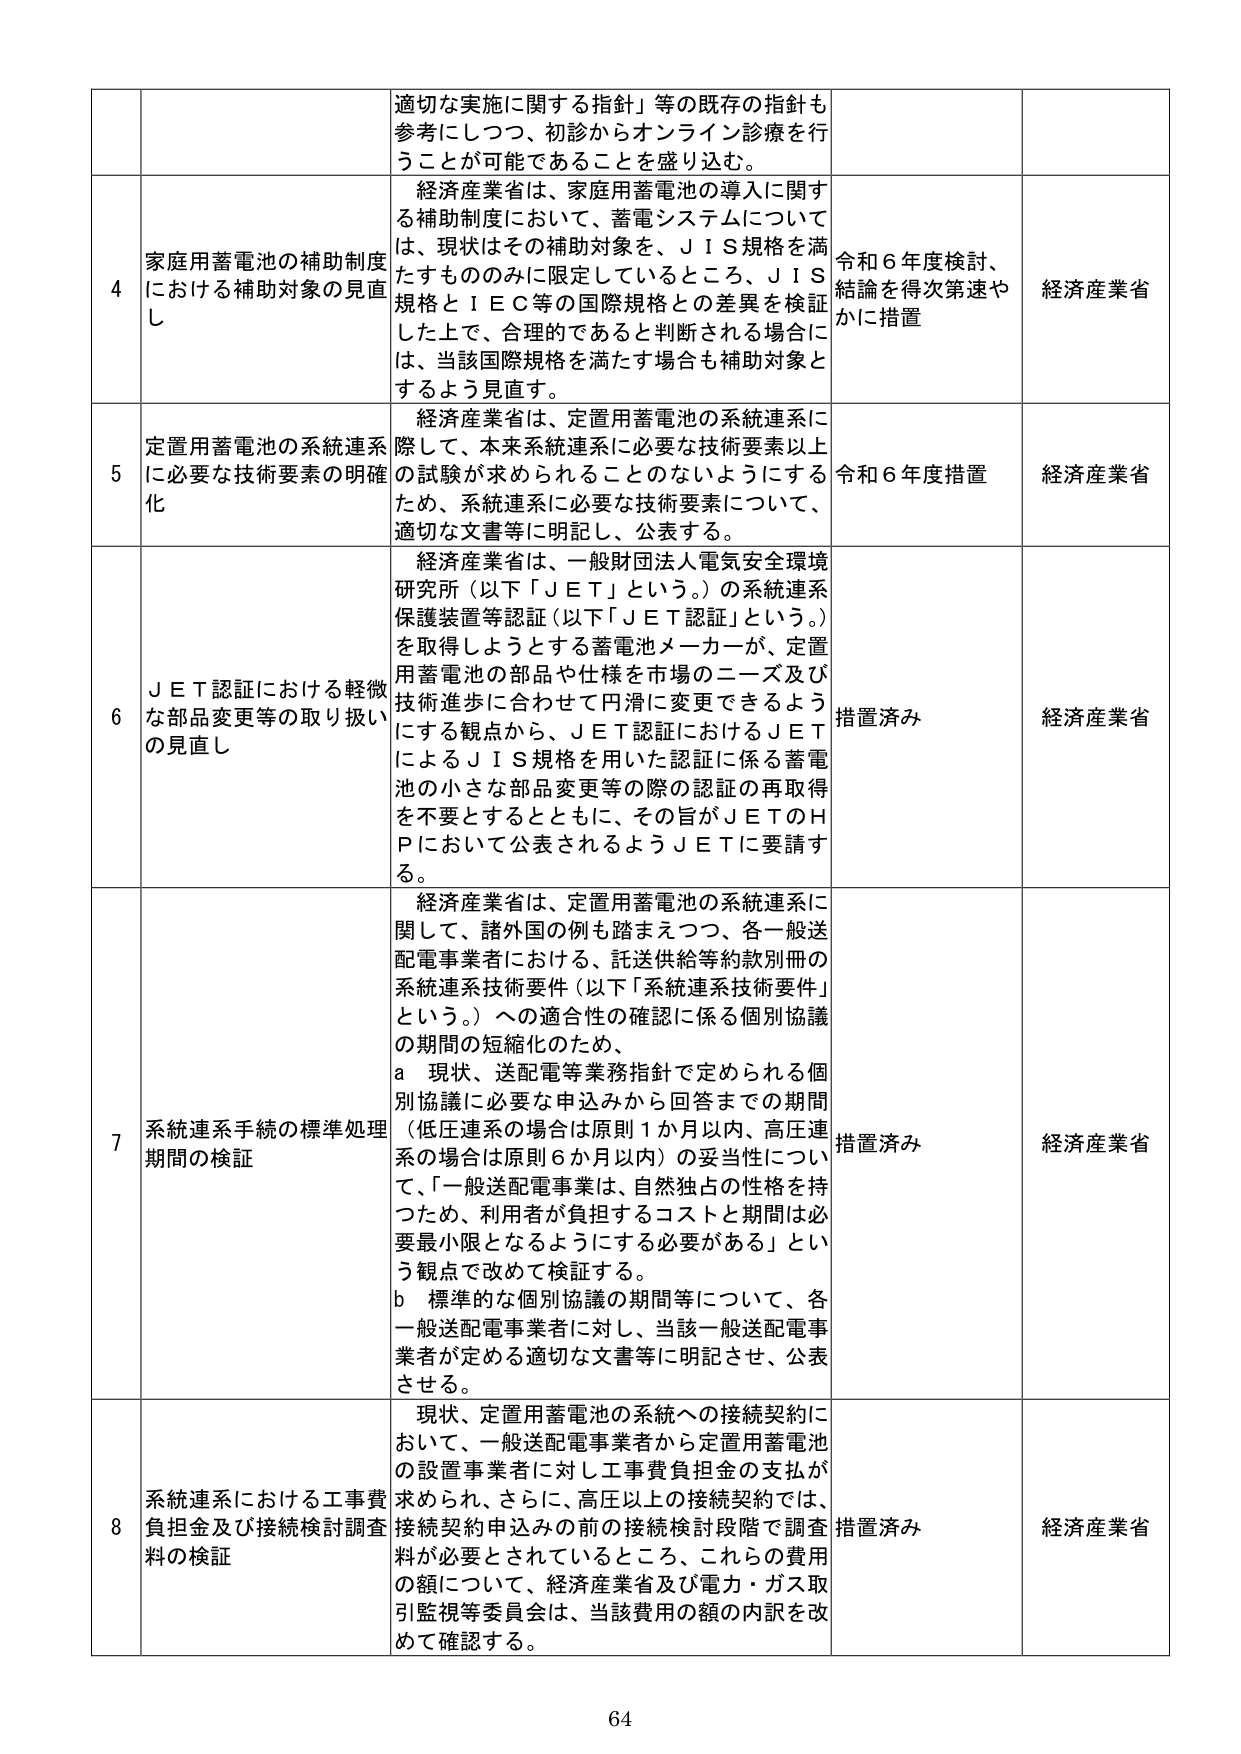
適切な実施に関する指針」等の既存の指針も
参考にしつつ、初診からオンライン診療を行
うことが可能であることを盛り込む。

4 家庭用蓄電池の補助制度
における補助対象の見直
し
経済産業省は、家庭用蓄電池の導入に関する
補助制度において、蓄電システムについては、現状はその補助対象を、ＪＩＳ規格を満
たすもののみに限定しているところ、ＪＩＳ
規格とＩＥＣ等の国際規格との差異を検証
した上で、合理的であると判断される場合には、当該国際規格を満たす場合も補助対象と
するよう見直す。
令和６年度検討、
結論を得次第速や
かに措置
経済産業省

5 定置用蓄電池の系統連系
に必要な技術要素の明確
化
経済産業省は、定置用蓄電池の系統連系に
際して、本来系統連系に必要な技術要素以上
の試験が求められることのないようにする
ため、系統連系に必要な技術要素について、
適切な文書等に明記し、公表する。
令和６年度措置
経済産業省

6 ＪＥＴ認証における軽微
な部品変更等の取り扱い
の見直し
経済産業省は、一般財団法人電気安全環境
研究所（以下「ＪＥＴ」という。）の系統連系
保護装置等認証（以下「ＪＥＴ認証」という。）
を取得しようとする蓄電池メーカーが、定置
用蓄電池の部品や仕様を市場のニーズ及び
技術進歩に合わせて円滑に変更できるよう
にする観点から、ＪＥＴ認証におけるＪＥＴ
によるＪＩＳ規格を用いた認証に係る蓄電
池の小さな部品変更等の際の認証の再取得
を不要とするとともに、その旨がＪＥＴのＨ
Ｐにおいて公表されるようＪＥＴに要請す
る。
措置済み
経済産業省

7 系統連系手続の標準処理
期間の検証
経済産業省は、定置用蓄電池の系統連系に
関して、諸外国の例も踏まえつつ、各一般送
配電事業者における、託送供給等約款別冊の
系統連系技術要件（以下「系統連系技術要件」
という。）への適合性の確認に係る個別協議
の期間の短縮化のため、
a 現状、送配電等業務指針で定められる個
別協議に必要な申込みから回答までの期間
（低圧連系の場合は原則１か月以内、高圧連
系の場合は原則６か月以内）の妥当性につい
て、「一般送配電事業は、自然独占の性格を持
つため、利用者が負担するコストと期間は必
要最小限となるようにする必要がある」とい
う観点で改めて検証する。
b 標準的な個別協議の期間等について、各
一般送配電事業者に対し、当該一般送配電事
業者が定める適切な文書等に明記させ、公表
させる。
措置済み
経済産業省

8 系統連系における工事費
負担金及び接続検討調査
料の検証
現状、定置用蓄電池の系統への接続契約に
おいて、一般送配電事業者から定置用蓄電池
の設置事業者に対し工事費負担金の支払が
求められ、さらに、高圧以上の接続契約では、
接続契約申込みの前の接続検討段階で調査
料が必要とされているところ、これらの費用
の額について、経済産業省及び電力・ガス取
引監視等委員会は、当該費用の額の内訳を改
めて確認する。
措置済み
経済産業省

64